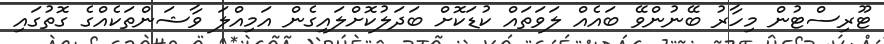
ޓޫރިސްޓުން މިހާރު ބޭނުންވޭ ބައެއް ލަވަތައް ކުޑަކޮށް ބަދަލުކޮށްލައިގެން އަމިއްލަ ވާޝަންތަކެއްގެ ގޮތުގައި